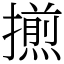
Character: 𢶕